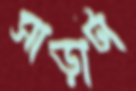
সাড়াটা